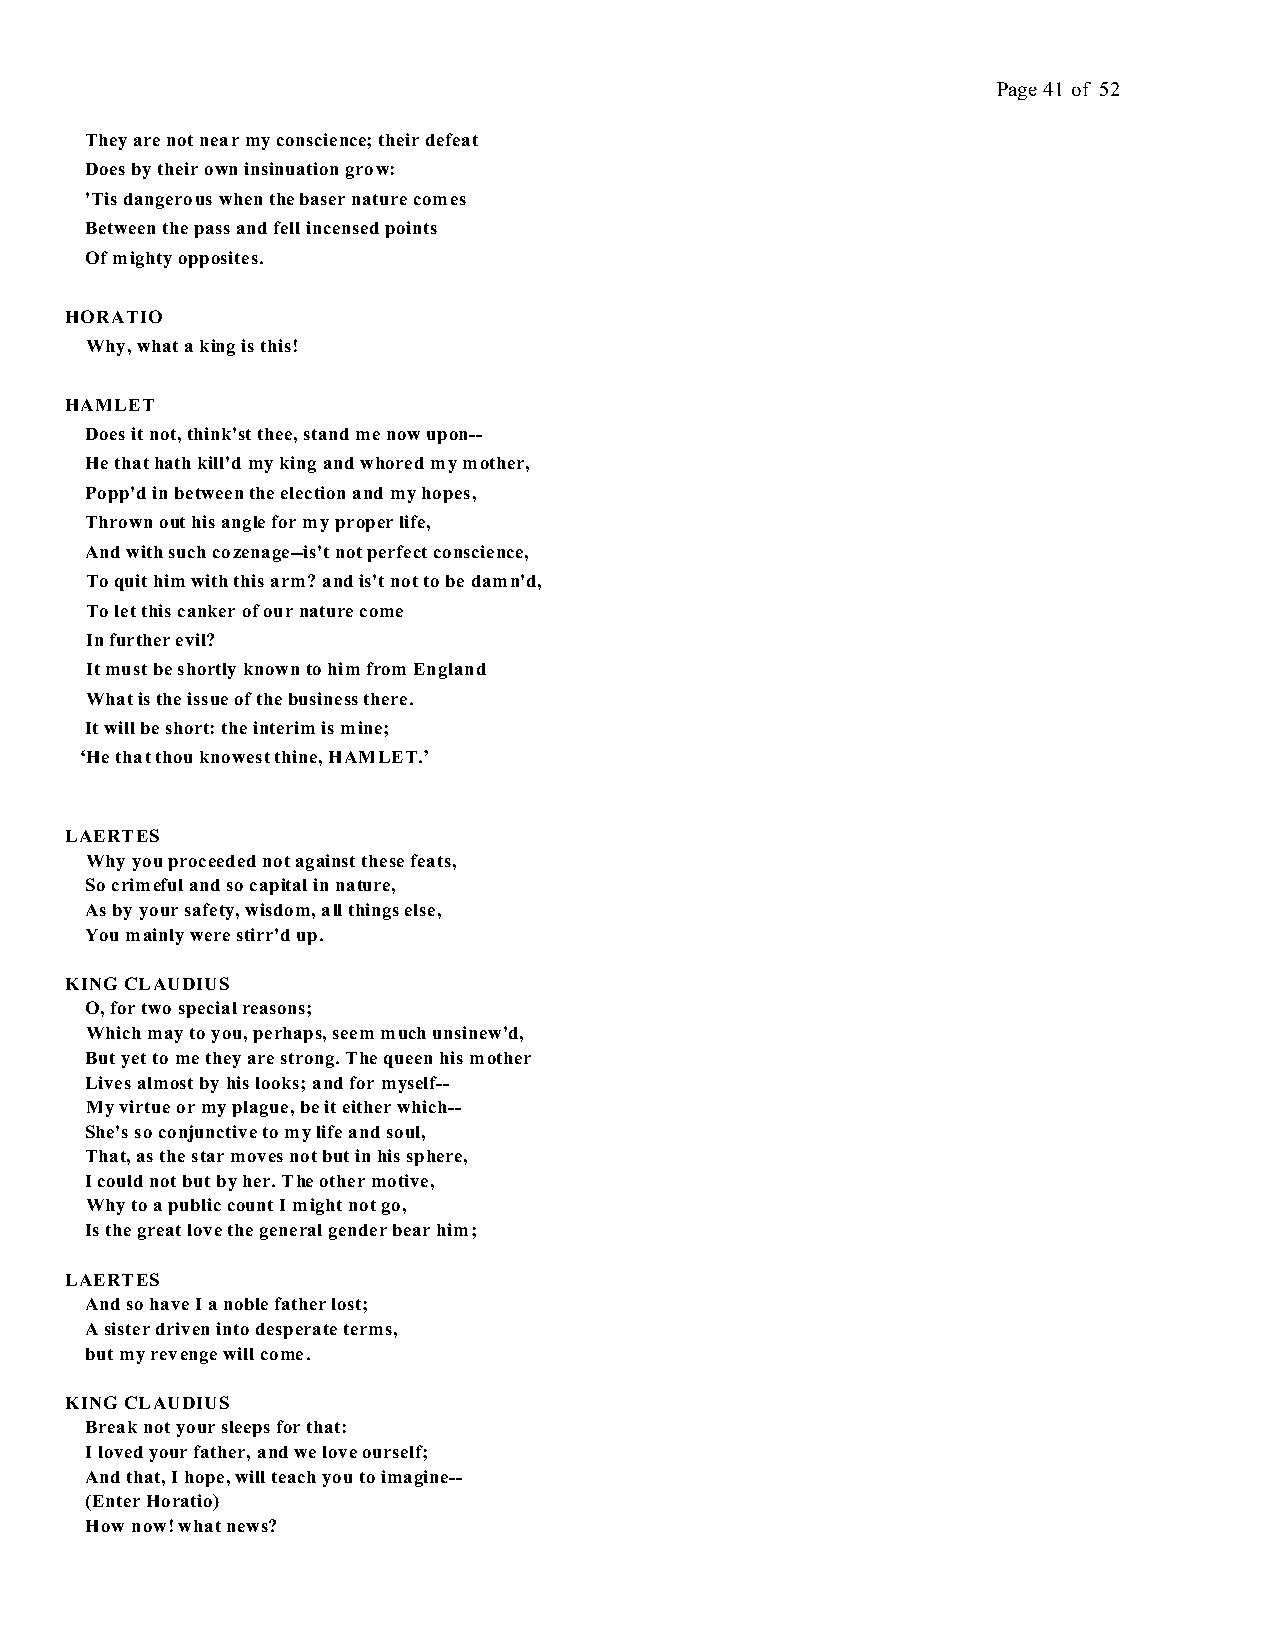
Page 41 of 52
 They are not near my conscience; their defeat
 Does by their own insinuation grow:
 'Tis dangerous when the baser nature comes
 Between the pass and fell incensed points
 Of mighty opposites.
 HORATIO
 Why, what a king is this!
 HAMLET
 Does it not, think'st thee, stand me now upon--
 He that hath kill'd my king and whored my mother,
 Popp'd in between the election and my hopes,
 Thrown out his angle for my proper life,
 And with such cozenage--is't not perfect conscience,
 To quit him with this arm? and is't not to be damn'd,
 To let this canker of our nature come
 In further evil?
 It must be shortly known to him from England
 What is the issue of the business there.
 It will be short: the interim is mine;
 ‘He that thou knowest thine, HAMLET.’
 LAERTES
 Why you proceeded not against these feats,
 So crimeful and so capital in nature,
 As by your safety, wisdom, all things else,
 You mainly were stirr'd up.
 KING CLAUDIUS
 O, for two special reasons;
 Which may to you, perhaps, seem much unsinew'd,
 But yet to me they are strong. The queen his mother
 Lives almost by his looks; and for myself--
 My virtue or my plague, be it either which--
 She's so conjunctive to my life and soul,
 That, as the star moves not but in his sphere,
 I could not but by her. The other motive,
 Why to a public count I might not go,
 Is the great love the general gender bear him;
 LAERTES
 And so have I a noble father lost;
 A sister driven into desperate terms,
 but my revenge will come.
 KING CLAUDIUS
 Break not your sleeps for that:
 I loved your father, and we love ourself;
 And that, I hope, will teach you to imagine--
 (Enter Horatio)
 How now! what news?